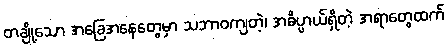
တချို့သော အခြေအနေတွေမှာ သဘာဝကျတဲ့၊ အဓိပ္ပာယ်ရှိတဲ့ အရာတွေထက်